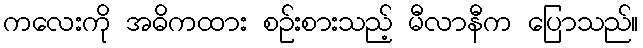
ကလေးကို အဓိကထား စဉ်းစားသည့် မီလာနီက ပြောသည်။